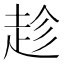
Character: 趁